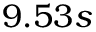
9 . 5 3 s